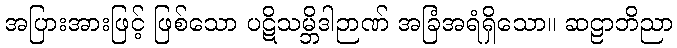
အပြားအားဖြင့် ဖြစ်သော ပဋိသမ္ဘိဒါဉာဏ် အခြံအရံရှိသော။ ဆဠာဘိညာ